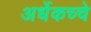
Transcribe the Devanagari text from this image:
अर्धेकच्चे